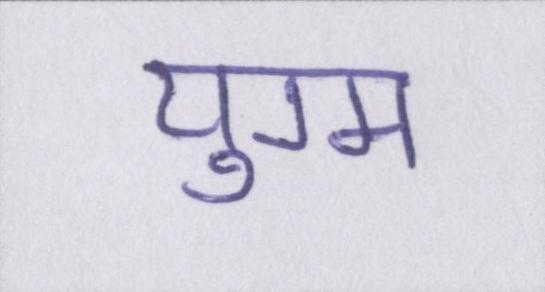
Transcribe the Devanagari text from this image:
युग्म